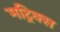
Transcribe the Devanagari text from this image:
मट्रिक्स